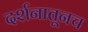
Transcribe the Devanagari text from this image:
दर्शनातूनच